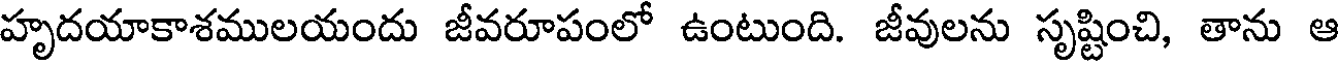
హృదయాకాశములయందు జీవరూపంలో ఉంటుంది. జీవులను సృష్టించి, తాను ఆ